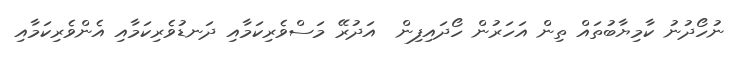
ނުހޯދުނު ކާމިޔާބުތައް ތިން އަހަރުން ހޯދައިފިން  އަދުރޭ މަސްވެރިކަމާއި ދަނޑުވެރިކަމާއި އެންވެރިކަމާއި